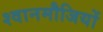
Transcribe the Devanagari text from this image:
श्वानमौजियों